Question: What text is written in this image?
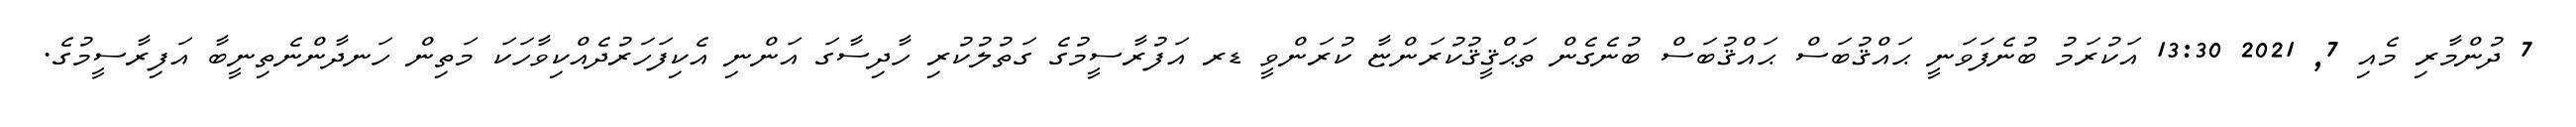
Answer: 7 ދުންމާރި މެއި 7, 2021 13:30 އަކުރަމު ބުނެފަވަނީ ޙައްޤުބަސް ޙައްޤުބަސް ބުނެގެން ތަޙްޤީޤުކުރަންޏާ ކުރަންވީ ޑރ އަފުރާސީމުގެ ގަތުލުކުރި ހާދިސާގަ އަންނި އެކިފަހަރުދެއްކިވާހަކަ މަތިން ހަނދާންނެތިނީބާ އަފިރާސީމުގެ.